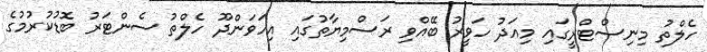
ހެލްތު މިނިސްޓްރީގައި މިއަދު ހަވީރު ބޭއްވި ރަސްމިޔާތުގައި އިހަވަންދޫ ހެލްތު ސެންޓަރު ބޮޑުކުރުމުގެ